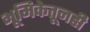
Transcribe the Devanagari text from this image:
भूमिकेतूनही